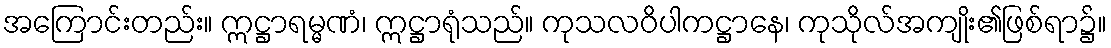
အကြောင်းတည်း။ ဣဋ္ဌာရမ္မဏံ၊ ဣဋ္ဌာရုံသည်။ ကုသလဝိပါကဋ္ဌာနေ၊ ကုသိုလ်အကျိုး၏ဖြစ်ရာ၌။